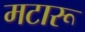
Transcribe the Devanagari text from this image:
मटारू